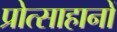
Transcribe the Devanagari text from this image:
प्रोत्साहानों